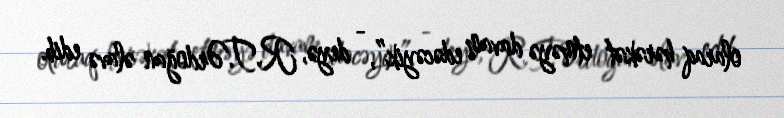
olaraq hərəkət etməyə davam edəcəyik”, - deyə, R.T.Ərdoğan əlavə edib.